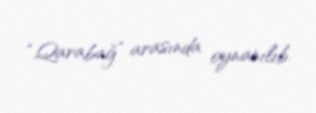
“Qarabağ” arasında oynanılıb.